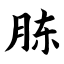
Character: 胨